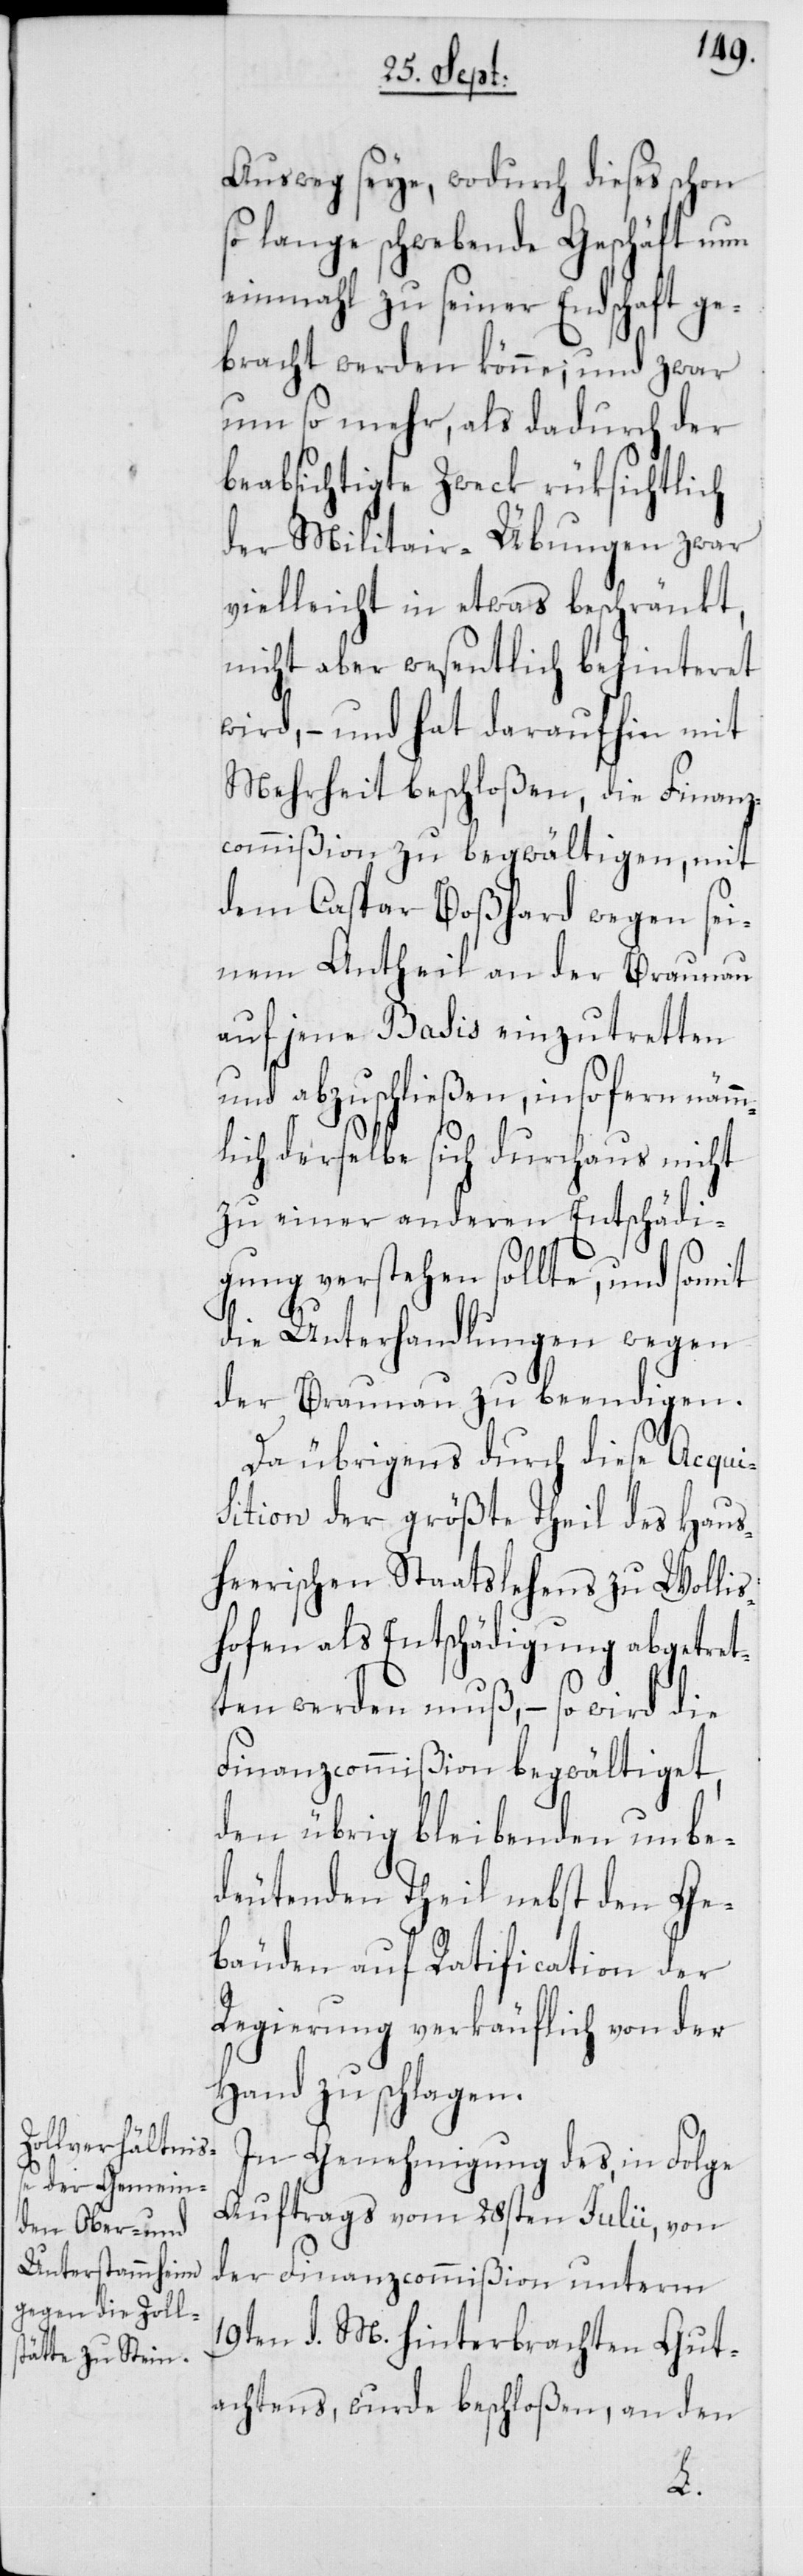
Ausweg seye, wodurch dieses schon
so lange schwebende Geschäft um
einmahl zu seiner Endschaft ge¬
bracht werden könne; und zwar
um so mehr, als dadurch der
beabsichtigte Zweck rüksichtlich
der Militair-Übungen zwar
vielleicht in etwas beschränkt,
nicht aber wesentlich behinteret
wird, – und hat daraufhin mit
Mehrheit beschloßen, die Finanz¬
commißion zu begwältigen, mit
dem Caspar Boßhard wegen sei¬
nem Antheil an der Braunau
auf jene Basis einzutretten
und abzuschließen, insofern näm¬
mlich derselbe sich durchaus nicht
zu einer anderen Entschädi¬
gung verstehen sollte, und somit
die Unterhandlungen wegen
der Braunau zu beendigen.
Da übrigens durch diese Acqui¬
sition der größte Theil des Haus¬
heerischen Staatslehens zu Wollis¬
hofen als Entschädigung abgetret¬
ten werden muß, – so wird die
Finanzcommißion begwältiget,
den übrig bleibenden unbe¬
deutenden Theil nebst den Ge¬
bäuden auf Ratification der
Regierung verkäuflich von der
Hand zu schlagen.
In Genehmigung des, in Folge
Auftrags vom 28sten Julii, von
der Finanzcommißion unterm
19ten d. M. hinterbrachten Gut¬
achtens, wurde beschloßen, an den